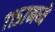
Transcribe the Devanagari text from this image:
११५७मध्ये